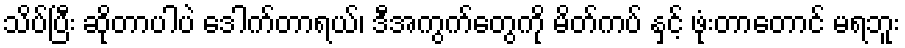
သိပ်ပြီး ဆိုတာပါပဲ ဒေါက်တာရယ်၊ ဒီအကွက်တွေကို မိတ်ကပ် နှင့် ဖုံးတာတောင် မရဘူး